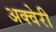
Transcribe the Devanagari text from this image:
अक्वेरी